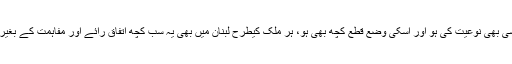
مگر حکومت کسی بھی نوعیت کی ہو اور اسکی وضع قطع کچھ بھی ہو، ہر ملک کیطرح لبنان میں بھی یہ سب کچھ اتفاق رائے اور مفاہمت کے بغیر ممکن نہیں ہے۔